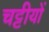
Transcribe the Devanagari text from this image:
चट्टीयों